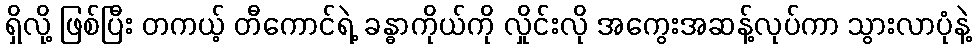
ရှိလို့ ဖြစ်ပြီး တကယ့် တီကောင်ရဲ့ ခန္ဓာကိုယ်ကို လှိုင်းလို အကွေးအဆန့်လုပ်ကာ သွားလာပုံနဲ့